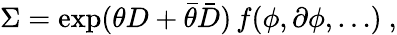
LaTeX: \Sigma=\exp(\theta D+\bar{\theta}\bar{D})\, f(\phi,\partial\phi,\ldots)\ ,